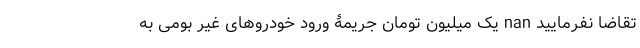
تقاضا نفرمایید nan یک میلیون تومان جریمۀ ورود خودروهای‌ غیر بومی به